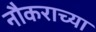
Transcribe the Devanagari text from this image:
नौकराच्या